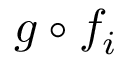
g \circ f _ { i }